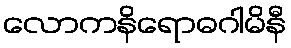
လောကနိရောဓဂါမိနီ